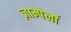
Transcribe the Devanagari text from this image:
ज़ाम्पेर्ला